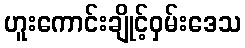
ဟူးကောင်းချိုင့်ဝှမ်းဒေသ